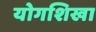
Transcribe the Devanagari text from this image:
योगशिखा